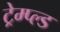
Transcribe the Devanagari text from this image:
ट्रेम्प्ल्ड